Manual of vaccination for the United Provinces of Agra and Oudh -
Year: 1903
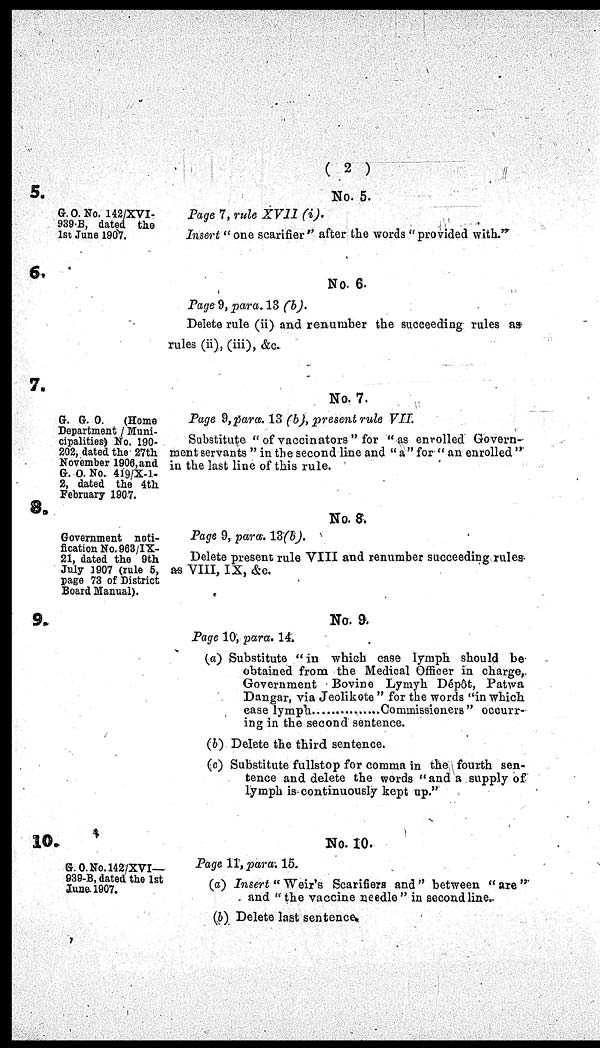
( 2 )
5.
6.
7.
8.
9.
10.
G.O.No. 142/XVI-
939-B, dated the
1st June 1907,
G. G. O. (Home
Department / Muni-
cipalities) No. 190-
202, dated the 27th
November 1906, and
G. O. No. 419/X-1-
2, dated the 4th
February 1907.
Government noti-
fication No. 968/IX-
21, dated the 9th
July 1907 (rule 5,
page 73 of District
Board Manual).
G.O.No.142/XVI—
939-B, dated the 1st
June 1907.
No. 5.
Page 7, rule XVII
(i).
Insert "one scarifier" after the words "provided with."
No. 6.
Page 9, para. 13 (b).
Delete rule (ii) and renumber the succeeding rules as
rules (ii), (iii), &c.
No. 7.
Page 9, para. 13 (b), present rule VII.
Substitute " of vaccinators " for "as enrolled' Govern-
ment servants " in the second line and "a" for " an enrolled"
in the last line of this rule.
No. 8.
Page 9, para. 13(b).
Delete present rule VIII and renumber succeeding rules
as VIII, IX, &c.
No.9.
Page 10, para. 14.
(a) Substitute "in which case lymph should be
obtained from the Medical Officer in charge,
Government Bovine Lymyh Dépôt, Patwa
Dangar, via Jeolikote " for the words "in which
case lymph................ Commissioners" occurr-
ing in the second sentence.
(b) Delete the third sentence.
(c) Substitute fullstop for comma in the fourth sen-
tence and delete the words " and a supply of
lymph is continuously kept up."
No. 10.
Page 11, para. 15.
(a) Insert " Weir's Scarifies and " between " axe "
and "the vaccine needle" in second line..
(6) Delete last sentence